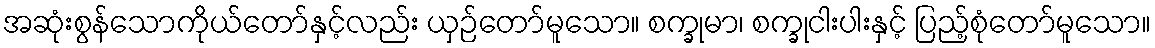
အဆုံးစွန်သောကိုယ်တော်နှင့်လည်း ယှဉ်တော်မူသော။ စက္ခုမာ၊ စက္ခုငါးပါးနှင့် ပြည့်စုံတော်မူသော။